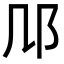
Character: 䢳